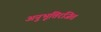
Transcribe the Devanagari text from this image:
अनुभूतिरंजित